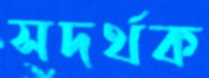
সদর্থক